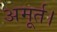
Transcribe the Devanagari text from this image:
अमूर्त।